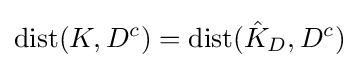
{\text{dist}}(K,D^{c})={\text{dist}}({\hat {K}}_{D},D^{c})